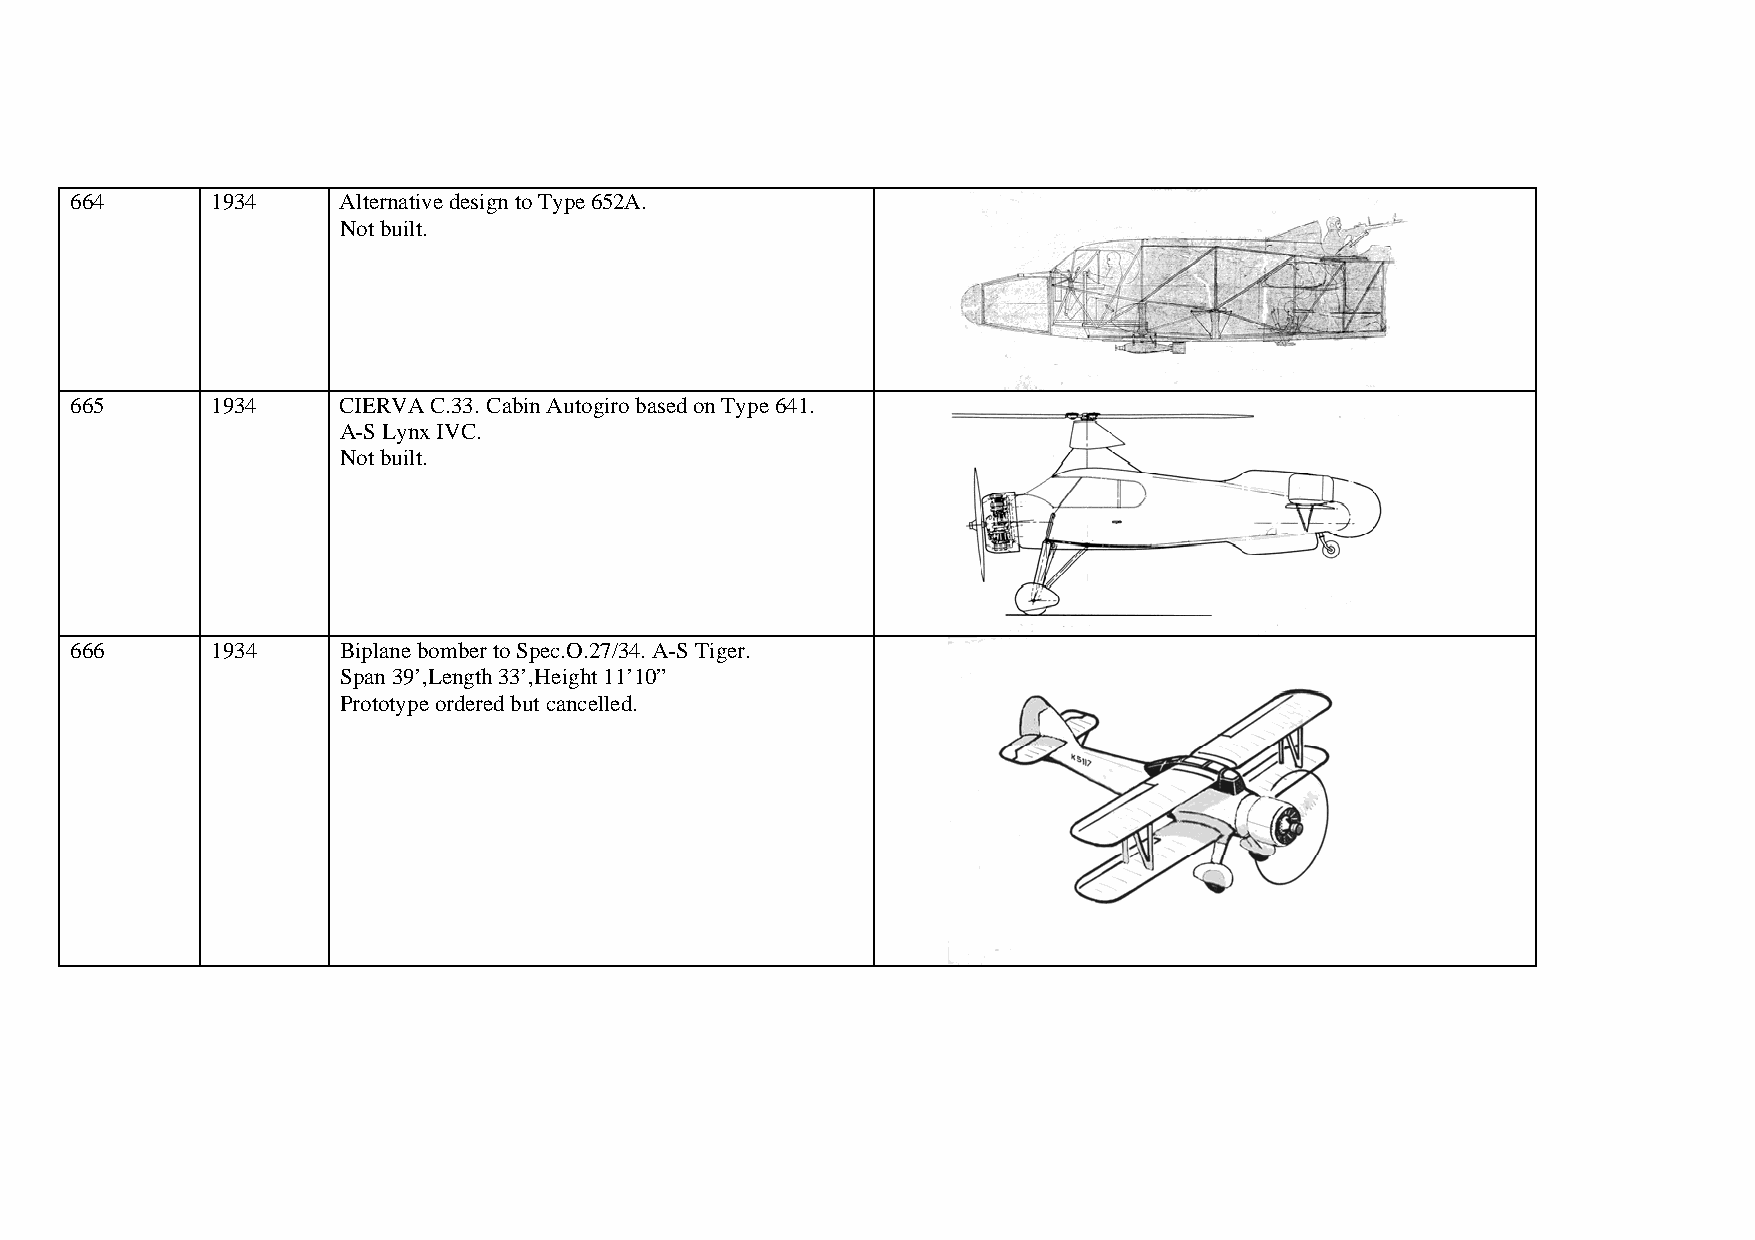
664      1934    Alternative design to Type 652A.
 Not built.
 665      1934    CIERVA C.33. Cabin Autogiro based on Type 641.
 A-S Lynx IVC.
 Not built.
 666      1934    Biplane bomber to Spec.O.27/34. A-S Tiger.
 Span 39’,Length 33’,Height 11’10”
 Prototype ordered but cancelled.